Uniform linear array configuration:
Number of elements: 64
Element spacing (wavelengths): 1
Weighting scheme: blackman
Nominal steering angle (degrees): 0
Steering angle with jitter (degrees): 0.5739
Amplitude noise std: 0.05
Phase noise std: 0.05

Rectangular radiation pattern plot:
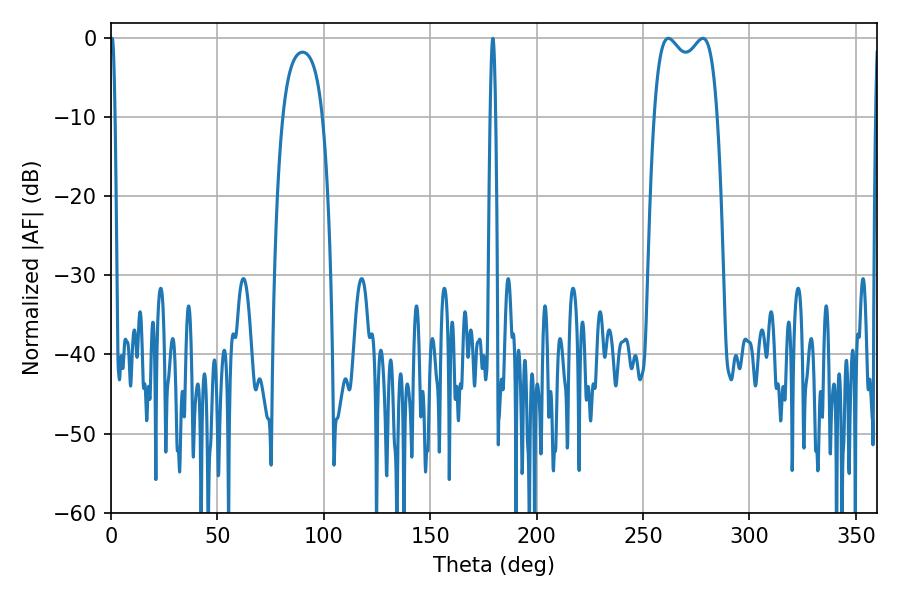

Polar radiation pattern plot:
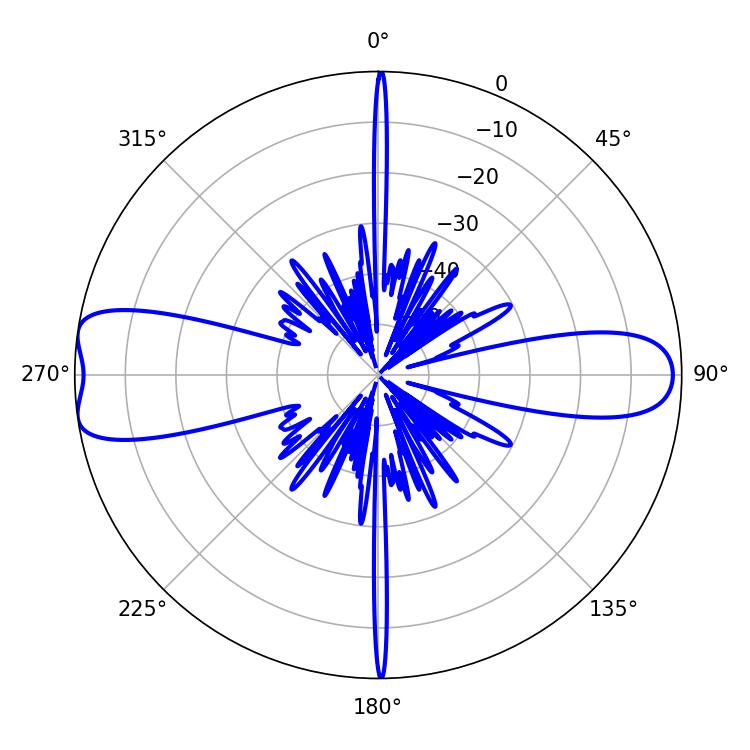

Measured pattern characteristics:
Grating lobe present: TRUE
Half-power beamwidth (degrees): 24.48
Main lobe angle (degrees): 261.9